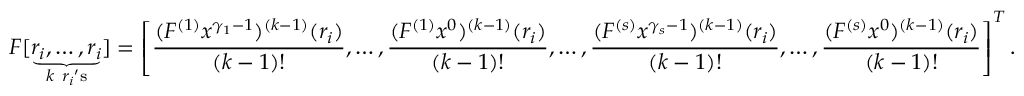
\boldsymbol { F } [ \underbrace { r _ { i } , \ldots , r _ { i } } _ { k \ r _ { i } \mathrm { ' s } } ] = \left[ \frac { ( { F ^ { ( 1 ) } x ^ { \gamma _ { 1 } - 1 } } ) ^ { ( k - 1 ) } ( r _ { i } ) } { ( k - 1 ) ! } , \ldots , \frac { ( { F ^ { ( 1 ) } x ^ { 0 } } ) ^ { ( k - 1 ) } ( r _ { i } ) } { ( k - 1 ) ! } , \ldots , \frac { ( { F } ^ { ( s ) } x ^ { \gamma _ { s } - 1 } ) ^ { ( k - 1 ) } ( r _ { i } ) } { ( k - 1 ) ! } , \ldots , \frac { ( { F } ^ { ( s ) } x ^ { 0 } ) ^ { ( k - 1 ) } ( r _ { i } ) } { ( k - 1 ) ! } \right] ^ { T } .